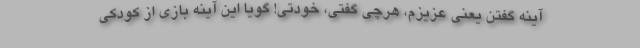
آینه گفتن یعنی عزیزم، هرچی گفتی، خودتی! گویا این آینه بازی از کودکی